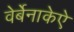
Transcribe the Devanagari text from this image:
वेर्बेनाकेऐ